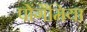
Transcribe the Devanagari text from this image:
पोंगैमिया